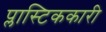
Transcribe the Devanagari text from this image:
प्लास्टिककारी